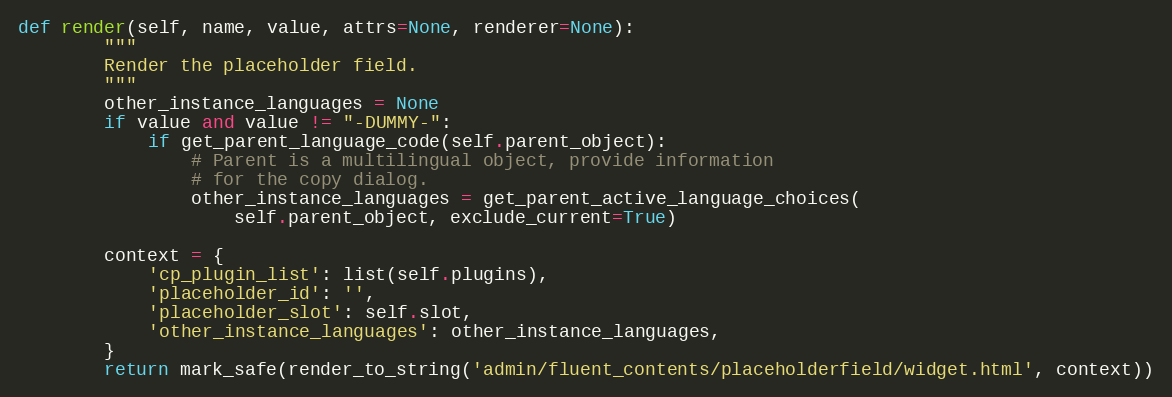
Language: Python
def render(self, name, value, attrs=None, renderer=None):
        """
        Render the placeholder field.
        """
        other_instance_languages = None
        if value and value != "-DUMMY-":
            if get_parent_language_code(self.parent_object):
                # Parent is a multilingual object, provide information
                # for the copy dialog.
                other_instance_languages = get_parent_active_language_choices(
                    self.parent_object, exclude_current=True)

        context = {
            'cp_plugin_list': list(self.plugins),
            'placeholder_id': '',
            'placeholder_slot': self.slot,
            'other_instance_languages': other_instance_languages,
        }
        return mark_safe(render_to_string('admin/fluent_contents/placeholderfield/widget.html', context))